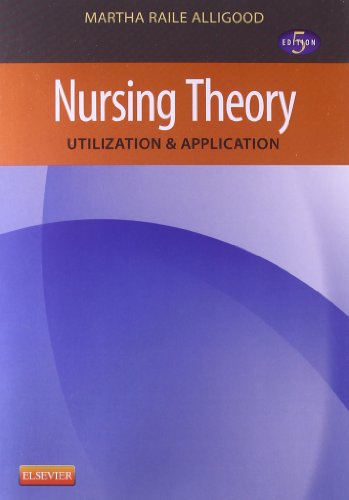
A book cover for Nursing Theory: Utilization & Application, 5e; Martha Raile Alligood PhD  RN  ANEF; Medical Books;